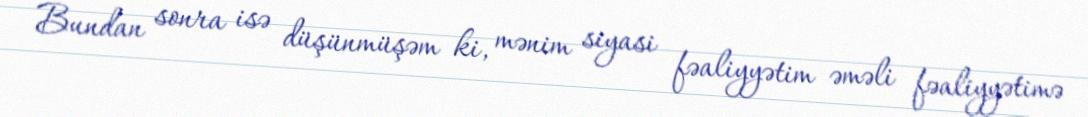
Bundan sonra isə düşünmüşəm ki, mənim siyasi fəaliyyətim əməli fəaliyyətimə